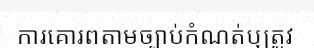
ការគោរពតាមច្បាប់កំណត់ឬត្រូវ